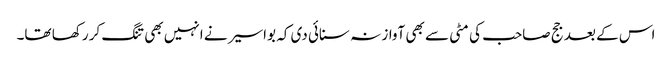
اس کے بعد جج صاحب کی مٹی سے بھی آواز نہ سنائی دی کہ بواسیر نے انہیں بھی تنگ کر رکھا تھا۔